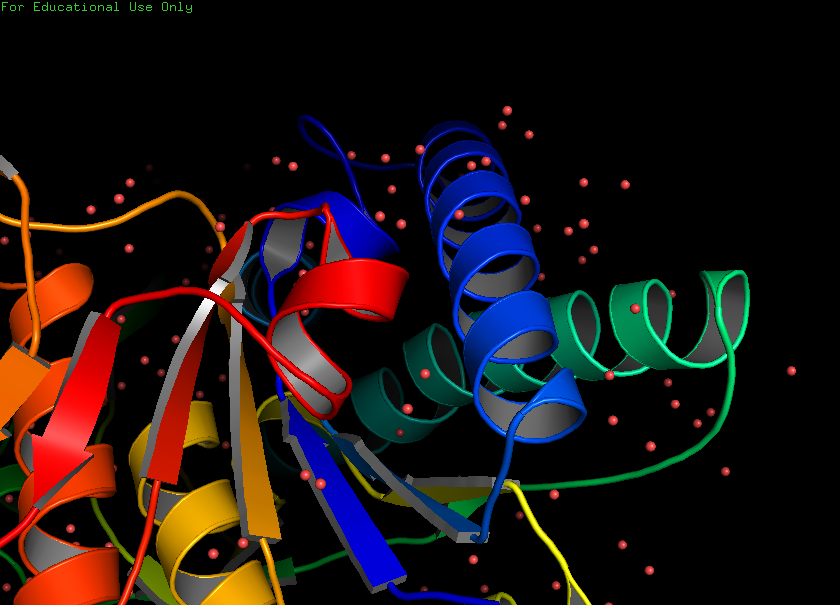
pymol, preset, pub_solv